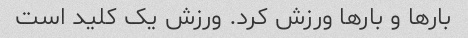
بارها و بارها ورزش کرد. ورزش یک کلید است